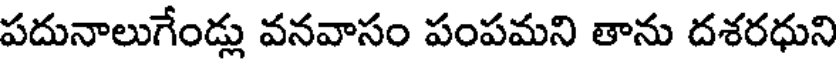
పదునాలుగేండ్లు వనవాసం పంపమని తాను దశరధుని